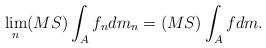
LaTeX: \begin{align*}\lim_n (MS)\int_{A} f_ndm_n = (MS)\int_{A} fdm.\end{align*}